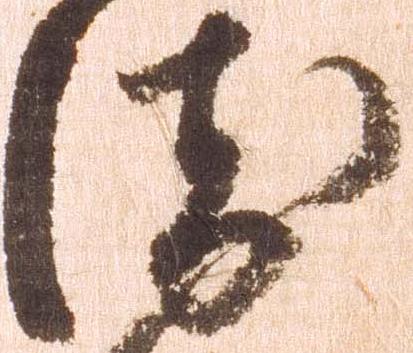
衛